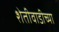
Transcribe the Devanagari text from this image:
शेतीवाडीच्या